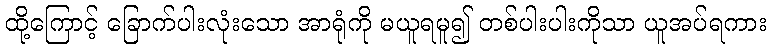
ထို့ကြောင့် ခြောက်ပါးလုံးသော အာရုံကို မယူရမူ၍ တစ်ပါးပါးကိုသာ ယူအပ်ရကား